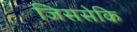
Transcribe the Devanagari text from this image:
जिससेकि